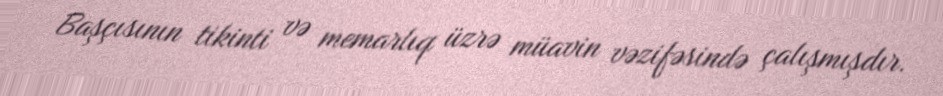
Başçısının tikinti və memarlıq üzrə müavin vəzifəsində çalışmışdır.